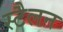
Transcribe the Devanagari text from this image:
स्टैलन